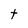
Character: t